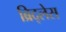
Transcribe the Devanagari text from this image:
ब्रिद्लेस